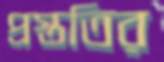
প্রস্ততির